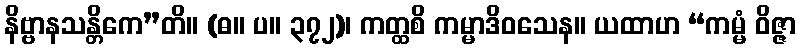
နိဗ္ဗာနသန္တိကေ”တိ။ (ဓ။ ပ။ ၃၇၂)၊ ကတ္ထစိ ကမ္မာဒိဝသေန။ ယထာဟ “ကမ္မံ ဝိဇ္ဇာ